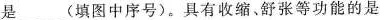
是___(填图中序号)。具有收缩、舒张等功能的是